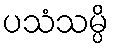
ပသံသမ္ပိ